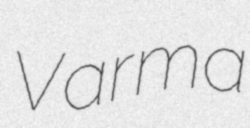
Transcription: Varma